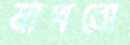
মাখবো